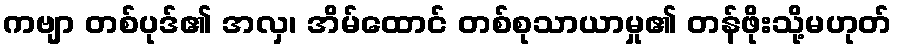
ကဗျာ တစ်ပုဒ်၏ အလှ၊ အိမ်ထောင် တစ်စုသာယာမှု၏ တန်ဖိုးသို့မဟုတ်